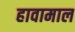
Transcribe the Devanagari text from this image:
हावामाल